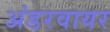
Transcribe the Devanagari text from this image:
अंडरवायर